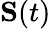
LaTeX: \mathbf{S}(t)